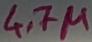
Text: 4.7µ